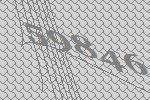
59846